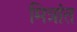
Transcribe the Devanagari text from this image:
मित्रांत